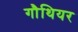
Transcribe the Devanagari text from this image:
गौथियर